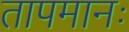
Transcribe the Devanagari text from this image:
तापमानः